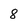
Character: 8